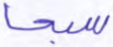
سبحا